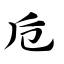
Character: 卮